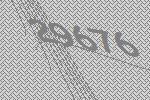
29676